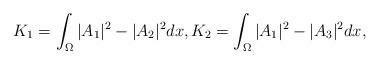
LaTeX: \begin{align*}K_1 = \int_{\Omega}|A_1|^2-|A_2|^2 dx, K_2 = \int_{\Omega}|A_1|^2-|A_3|^2 dx,\end{align*}